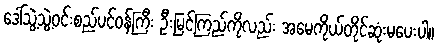
ဒေါ်သွဲ့သွဲ့ဝင်းစည်ပင်ဝန်ကြီး ဦးမြင့်ကြည်ကိုလည်း အမေကိုယ်တိုင်ဆုံးမပေးပါ။